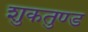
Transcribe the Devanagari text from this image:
शुकतुण्ड